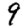
Digit: 9